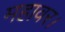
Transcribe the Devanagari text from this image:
महावर।